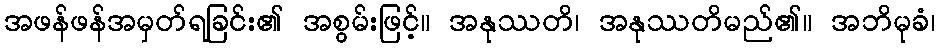
အဖန်ဖန်အမှတ်ရခြင်း၏ အစွမ်းဖြင့်။ အနုဿတိ၊ အနုဿတိမည်၏။ အဘိမုခံ၊